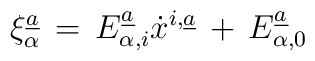
\xi_{\alpha}\sp{\underline{a}}\, =\, E_{\alpha,i}\sp{\underline{a}} \dot x\sp{i,\underline{a}}\,+\, E_{\alpha,0}\sp{\underline{a}}